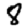
Digit: 8